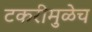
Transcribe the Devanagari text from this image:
टकरीमुळेच